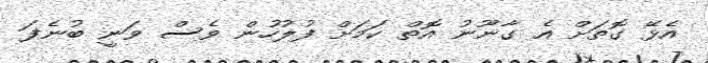
އެޅޭ ގޮތަށް އެ ގާނޫނު އޮތް ކަމަށް ފުލުހުން ވެސް ވަނީ ބުނެފަ